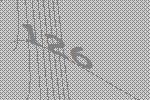
126